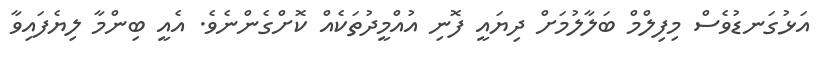
އަޅުގަނޑުވެސް މިފިލްމް ބަލާލުމަށް ދިޔައީ ފޮނި އުއްމީދުތަކެއް ކޮށްގެންނެވެ. އެއީ ބިންމާ ލިޔެފައިވާ